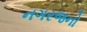
નગરજનો